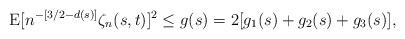
LaTeX: \begin{align*}\operatorname E[n^{-[3/2-d(s)]}\zeta_n(s,t)]^2\le g(s)=2[g_1(s)+g_2(s)+g_3(s)],\end{align*}